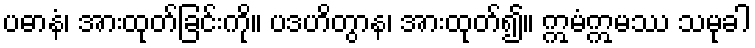
ပဓာနံ၊ အားထုတ်ခြင်းကို။ ပဒဟိတွာန၊ အားထုတ်၍။ ဣမံဣမဿ သမုခါ